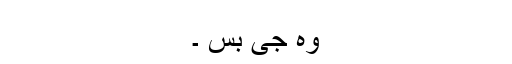
وہ جی بس ۔